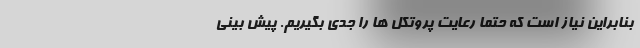
بنابراین نیاز است که حتما رعایت پروتکل ها را جدی بگیریم. پیش بینی